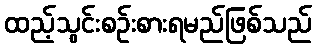
ထည့်သွင်းစဉ်းစားရမည်ဖြစ်သည်